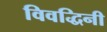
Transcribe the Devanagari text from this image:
विवद्धिनी